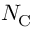
N _ { \mathrm { C } }